Supplement to the account of plague administration in the Bombay Presidency from September 1896 till May 1897
Year: 1896
Disease focus: Plague
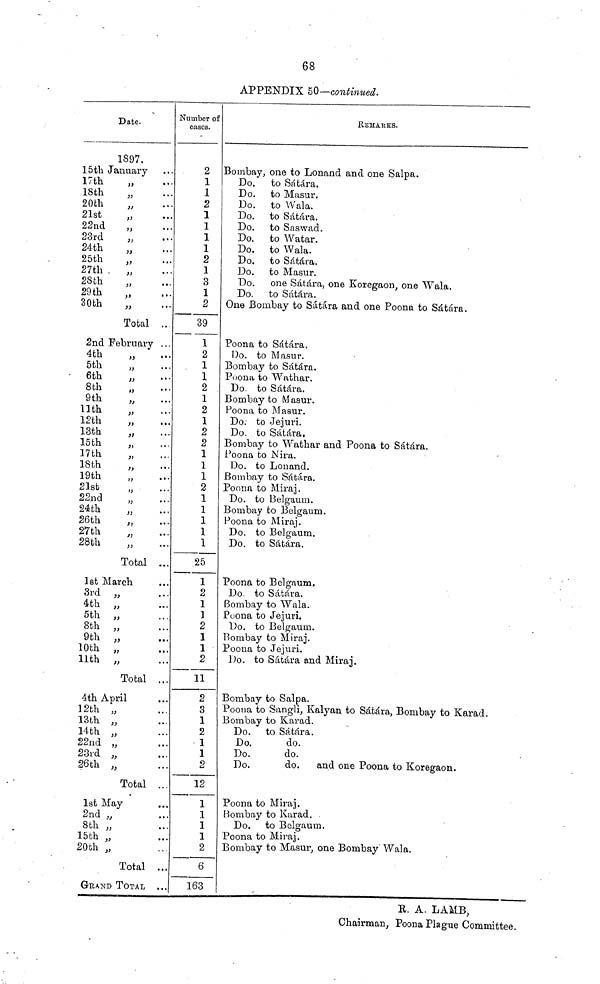
68
APPENDIX 50—continued.
15th,
17th
18th
20th
21st
22nd
23rd
24.th
25th
27th
2Sth
29 th
30th
2nd
4th
5th
6th
8th
9th
11th
12th
13th
l5th
17th
18th
19th
21st
22nd
24th
26th
27th
28th
1st:
3rd
4th
5th
8th
9th
10th
11th
4th ,
12th
13th
14th
22nd
23rd
26 th
1st
2nd
8th
15th
20 th
Date.
1897.
January
,,
••
,,
* * *
.
.
'*'
,,
•••
II
• •
,,
* * *
II
•
,,
*••
,,
% "
,,
•••
it
• • •
II
••
Total ..
February ...
...
,,
" •
,,
•• •
n
*"
,,
•••
,,
,,
•••
,,
,,
'"
,,
* *
,,
•••
,,
•••
,,
•
...
,,
'
,,
•••
,,
,,
•••
Total ...
March
,,
• • •
II
**'
• • •
9s
• •
II
'"
II
•••
••
II
•••
Total ...
April
,,
• •
,,
•••
,,
• • •
9 t •
,,
1 1
II
Total ..
May
,,
*
,,
•
,,
Total ..
GRAND TOTAL
..
Number of
cascs.
2
1
1
2
1
1
1
1
2
1
3
1
2
39
1
2
1
1
2
1
2
1
2
2
1
1
1
2
1
1
1
1
1
25
1
2
1
1
2
1
1
2
11
2
3
1
2
1
1
2
12
1
1
1
1
2
6
163
REMAKES.
Bombay, one to Lonand and one Salpa.
Do. to Sátára.
Do. to Masur.
Do. to Wala.
Do. to Sátára.
Do. to Saswad.
Do. to Watar.
Do. to Wala.
Do. to Sátára.
Do. to Masur.
Do. one Sátára, one Koregaon, one Wala.
Do. to Sátára.
One Bombay to Sátára and one Poona to Sátára.
Poona to Sátára.
Do. to Masur.
Bombay to Sátára.
Poona to Wathar.
Do. to Sátára.
Bombay to Masur.
Foona to Masur.
Do; to Jejuri.
Do. to Sátára.
Bombay to Wathar and Poona to Sátára.
Poona to Nira.
Do. to Lonand.
Bombay to Sátára.
Poona to Miraj.
Do. to Belgaum.
Bombay to Belgaum.
Poona to Miraj.
Do. to Belgaum.
Do. to Sátára.
Poona to Belgaum.
Do. to Sátára.
Bombay to Wala.
Poona to Jejuri.
Do. to Belgaum.
Bombay to Miraj.
Poona to Jejuri.
Do. to Sátára and Miraj.
Bombay to Salpa.
Pooua to Sangli, Kalyan to Sátára, Bombay to Karad.
Bombay to Karad.
Do. to Sátára.
Do.
do.
Do.
do.
Do.
do. and one Poona to Koregaon.
Poona to Miraj.
Bombay to Karad.
Do. to Belgaum.
Poona to Miraj.
Bombay to Masur, one Bombay Wala.
R. A. LAMB,
Chairman,
Plague Committee.